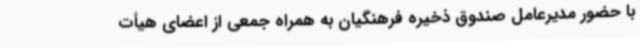
با حضور مدیرعامل صندوق ذخیره فرهنگیان به همراه جمعی از اعضای هیأت